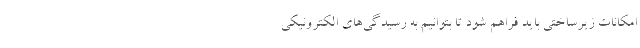
امکانات زیرساختی باید فراهم شود تا بتوانیم به رسیدگی‌های الکترونیکی